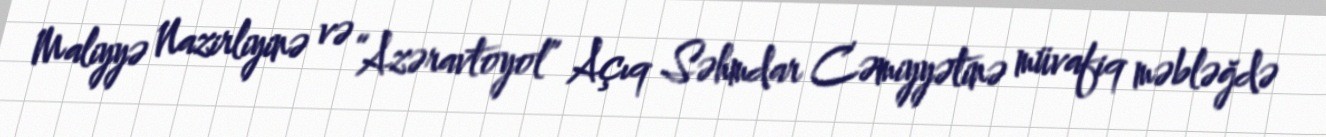
Maliyyə Nazirliyinə və “Azəravtoyol” Açıq Səhmdar Cəmiyyətinə müvafiq məbləğdə